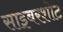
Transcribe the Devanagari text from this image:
साइबरशोट